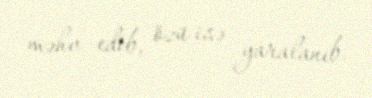
məhv edib, özü isə yaralanıb.